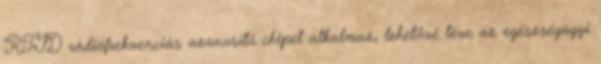
RFID rádiófrekvenciás azonosító chipet alkalmaz, lehetővé téve az egészségügyi